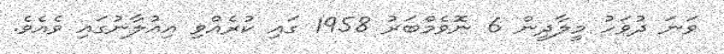
ވަނަ ދުވަހު މީލާދީން 6 ނޮވެމްބަރު 1958 ގައި ކުރެއްވި އިއުލާނުގައި ވެއެވެ.